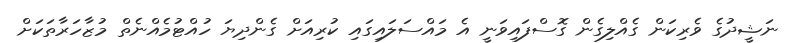
ނަޝީދުގެ ވެރިކަން ގެއްލިގެން ގޮސްފައިވަނީ އެ މައްސަލައިގައި ކުރިއަށް ގެންދިޔަ ހުއްޓުމެއްނެތް މުޒާހަރާތަކަށް